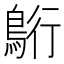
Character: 𮬷